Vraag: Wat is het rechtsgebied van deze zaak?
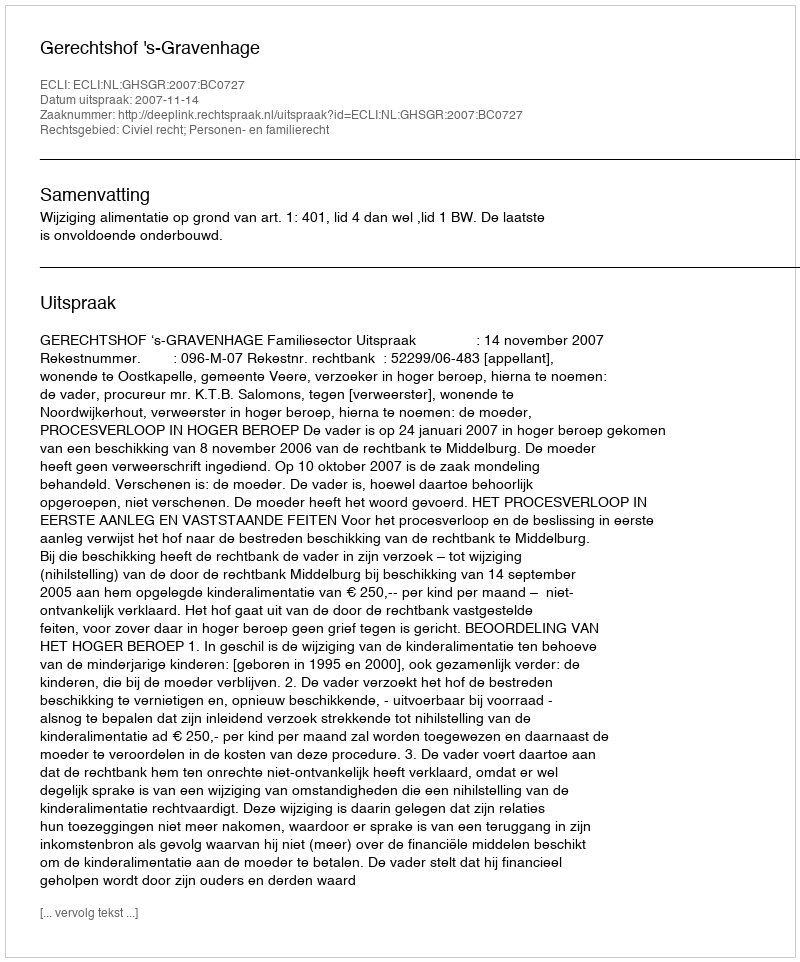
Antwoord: Civiel recht; Personen- en familierecht